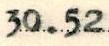
30.52